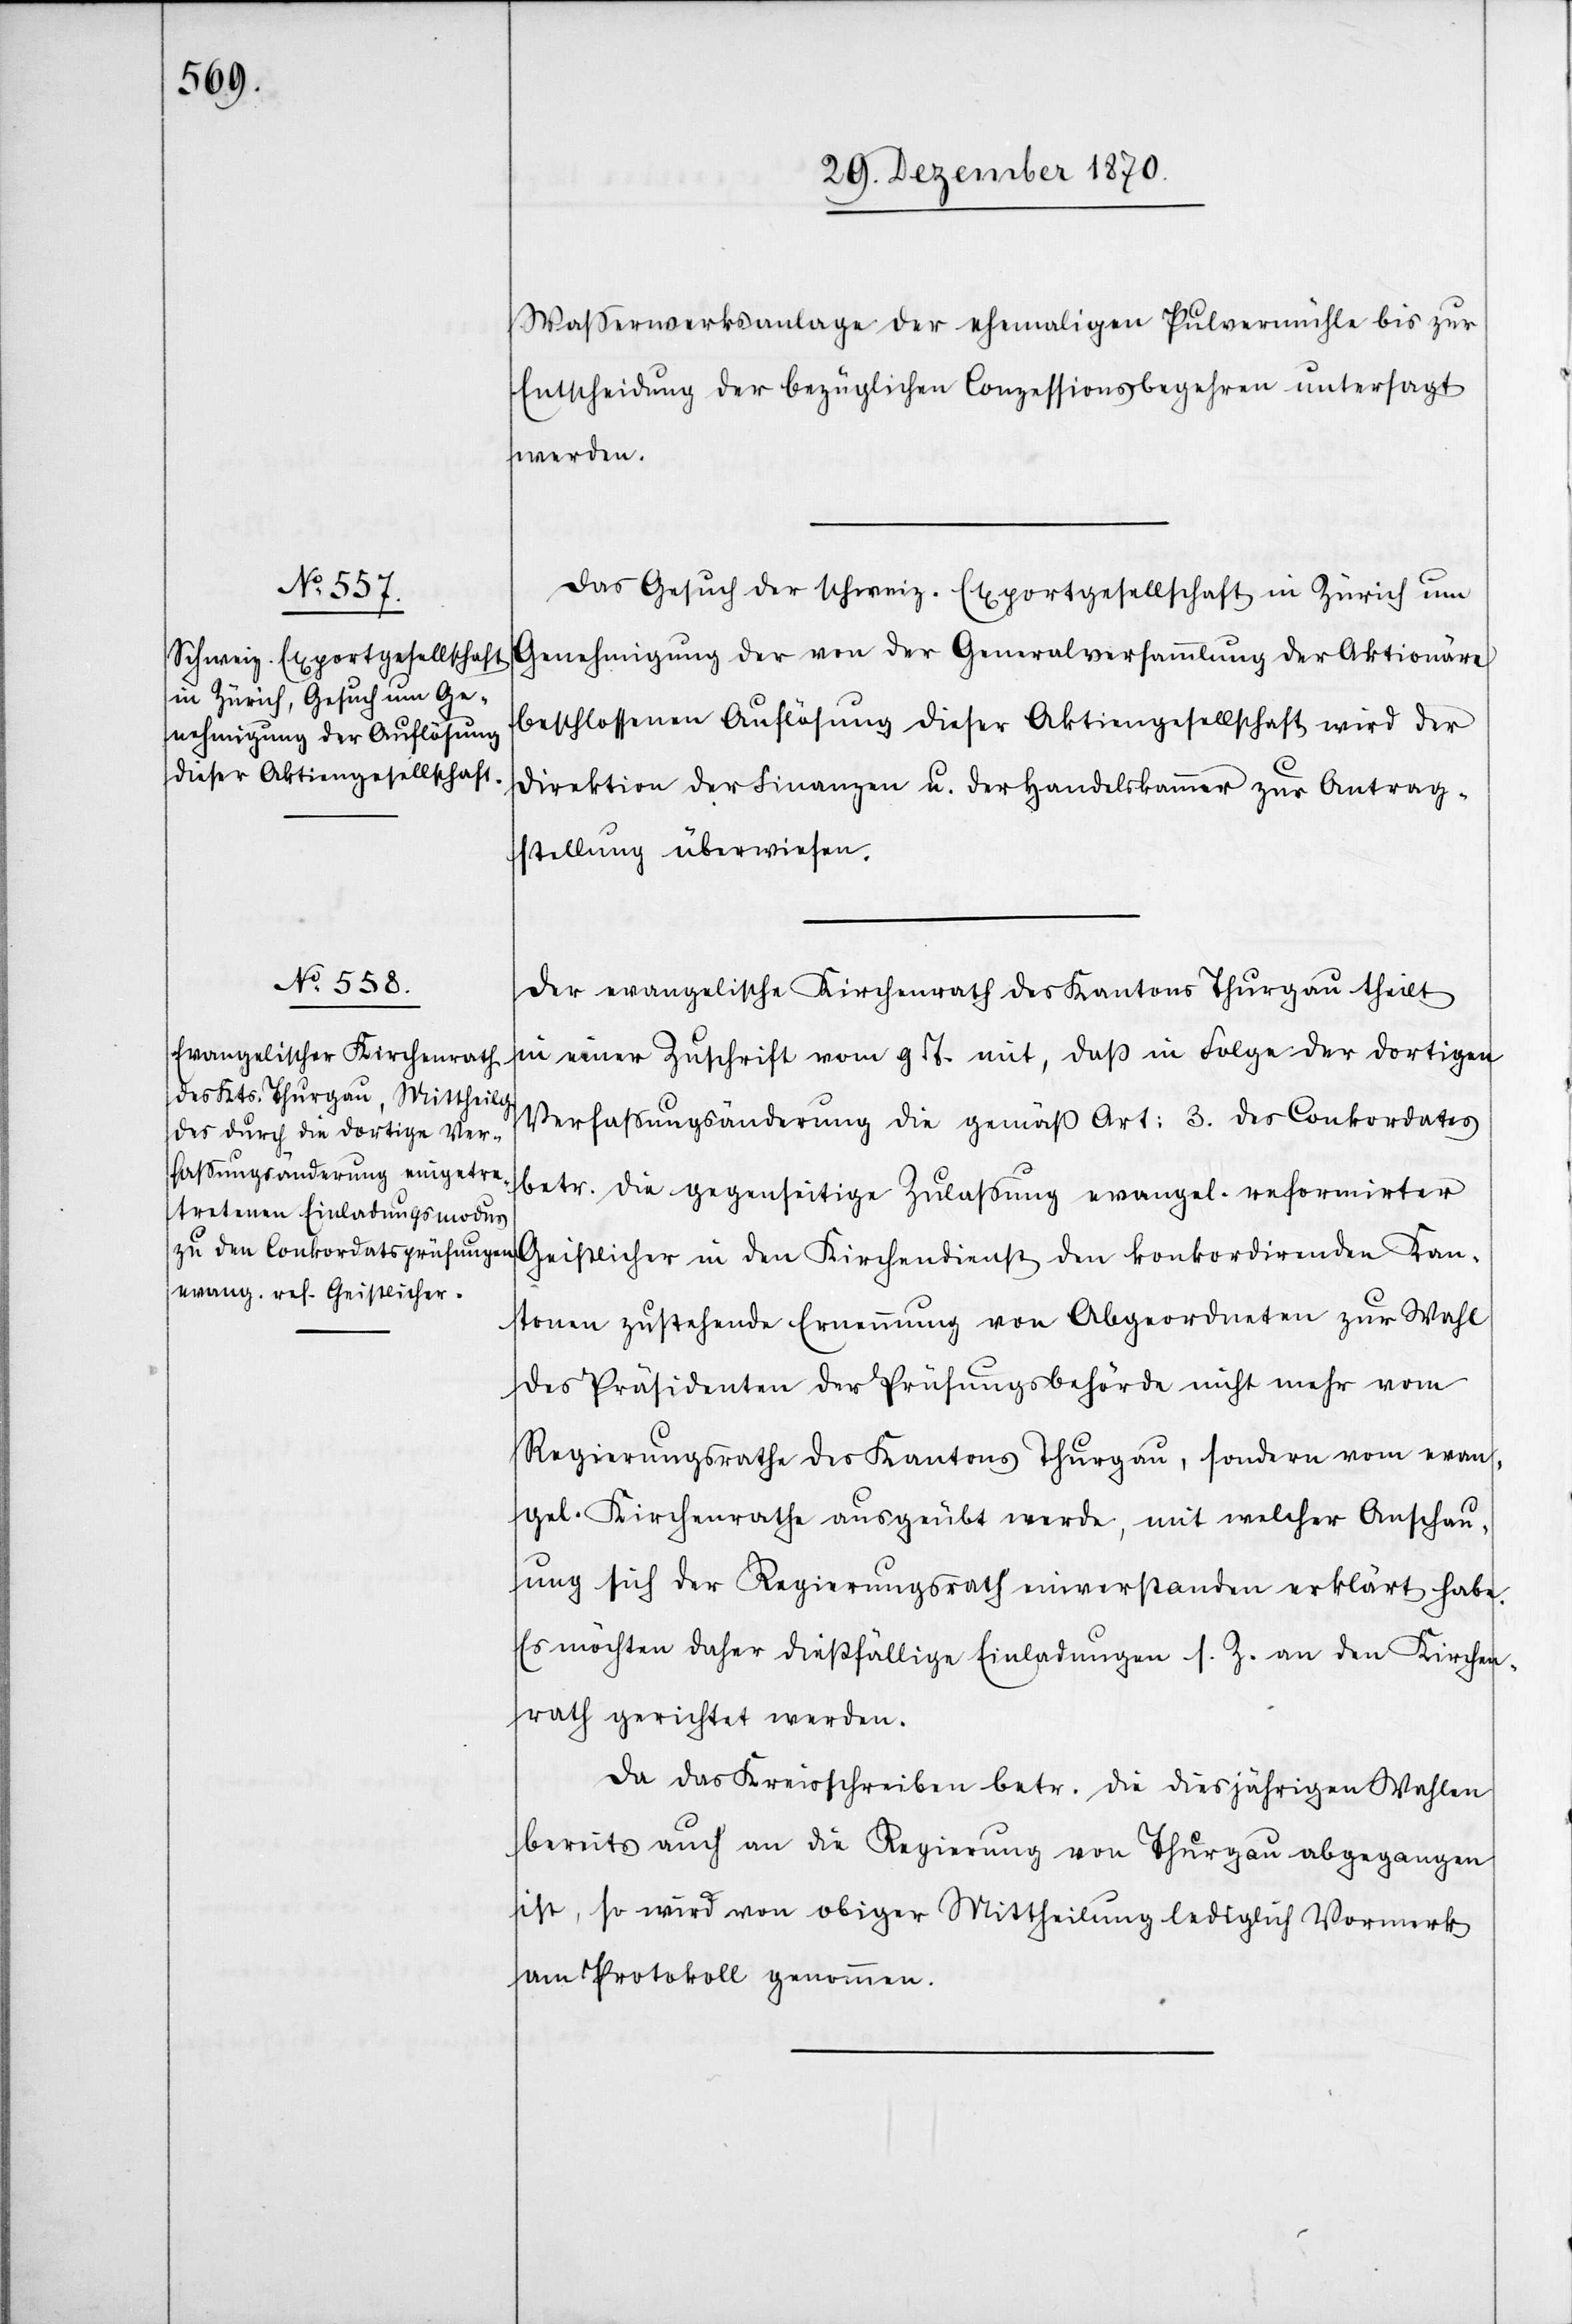
30. Dezember 1870.]
Waßerwerksanlage der ehemaligen Pulvermühle bis zur
Entscheidung der bezüglichen Conzessionsbegehren untersagt
werden.
Das Gesuch der schweiz. Exportgesellschaft in Zürich um
Genehmigung der von der Generalversammlung der Aktionäre
beschlossenen Auflösung dieser Aktiengesellschaft wird der
Direktion der Finanzen u. der Handelskammer zur Antrag¬
stellung überwiesen.
Der evangelische Kirchenrath des Kantons Thurgau theilt
in einer Zuschrift vom g. T. mit, daß in Folge der dortigen
Verfassungsänderung die gemäß Art: 3. des Conkordates
betr. die gegenseitige Zulassung evangel. reformirter
Geistlicher in den Kirchendienst den konkordirenden Kan¬
tonen zustehende Ernennung von Abgeordneten zur Wahl
des Präsidenten der Prüfungsbehörde nicht mehr vom
Regierungsrathe des Kantons Thurgau, sondern vom evan¬
gel. Kirchenrathe ausgeübt werde, mit welcher Anschau¬
ung sich der Regierungsrath einverstanden erklärt habe.
Es möchten daher dießfällige Einladungen s. Z. an den Kirchen¬
rath gerichtet werden.
Da das Kreisschreiben betr. die diesjährigen Wahlen
bereits auch an die Regierung von Thurgau abgegangen
ist, so wird von obiger Mittheilung lediglich Vormerk
am Protokoll genommen.